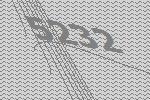
5232